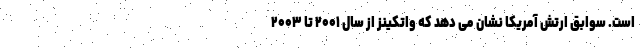
است. سوابق ارتش آمریکا نشان می دهد که واتکینز از سال ۲۰۰۱ تا ۲۰۰۳